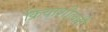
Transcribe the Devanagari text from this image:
क्रियाशीलही